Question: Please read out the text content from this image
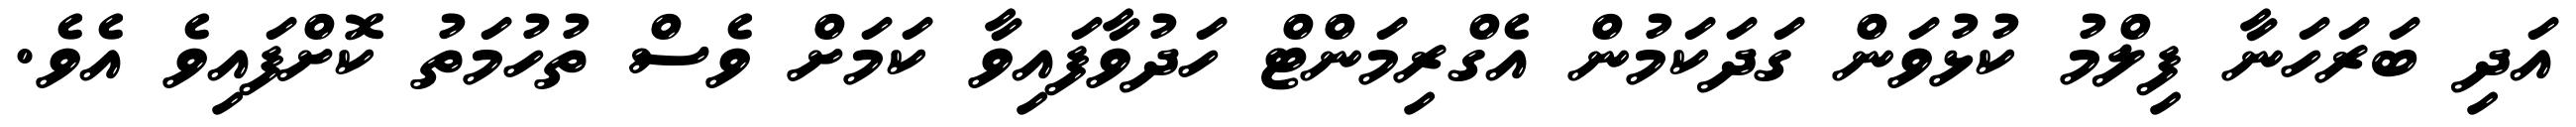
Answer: އަދި ބަރަހަނާ ފިލްމު ކުޅުވަން ގަދަކަމުން އެގްރިމަންޓް ހަދުވާފައިވާ ކަމަށް ވެސް ތުހުމަތު ކޮށްފައިވެ އެވެ.